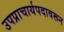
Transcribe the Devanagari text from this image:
उपप्राचार्यपदावरून